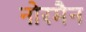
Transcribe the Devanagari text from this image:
नोरमैन